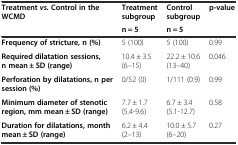
<table><thead><tr><td rowspan="2"><b>Treatment<i>vs.</i>Control in the WCMD</b></td><td><b>Treatment subgroup</b></td><td><b>Control subgroup</b></td><td rowspan="2"><b>p-value</b></td></tr><tr><td><b>n = 5</b></td><td><b>n = 5</b></td></tr></thead><tbody><tr><td><b>Frequency of stricture, n (%)</b></td><td>5 (100)</td><td>5 (100)</td><td>0.99</td></tr><tr><td><b>Required dilatation sessions, n mean ± SD (range)</b></td><td>10.4 ± 3.5(6–15)</td><td>22.2 ± 10.6 (13–40)</td><td>0.046</td></tr><tr><td><b>Perforation by dilatations, n per session (%)</b></td><td>0/52 (0)</td><td>1/111 (0.9)</td><td>0.99</td></tr><tr><td><b>Minimum diameter of stenotic region, mm mean ± SD (range)</b></td><td>7.7 ± 1.7 (5.4-9.6)</td><td>6.7 ± 3.4 (5.1-12.7)</td><td>0.58</td></tr><tr><td><b>Duration for dilatations, month mean ± SD (range)</b></td><td>6.2 ± 4.4 (2–13)</td><td>10.0 ± 5.7 (6–20)</td><td>0.27</td></tr></tbody></table>